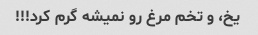
یخ، و تخم مرغ رو نمیشه گرم کرد!!!